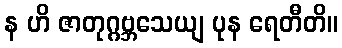
န ဟိ ဇာတုဂ္ဂဗ္ဘသေယျ ပုန ရေတီတိ။